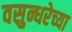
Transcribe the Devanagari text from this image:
वसुन्धरेच्या